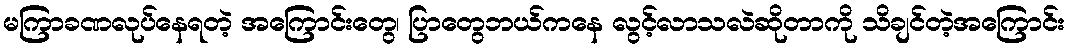
မကြာခဏလုပ်နေရတဲ့ အကြောင်းတွေ၊ ပြာတွေဘယ်ကနေ လွင့်လာသလဲဆိုတာကို သိချင်တဲ့အကြောင်း